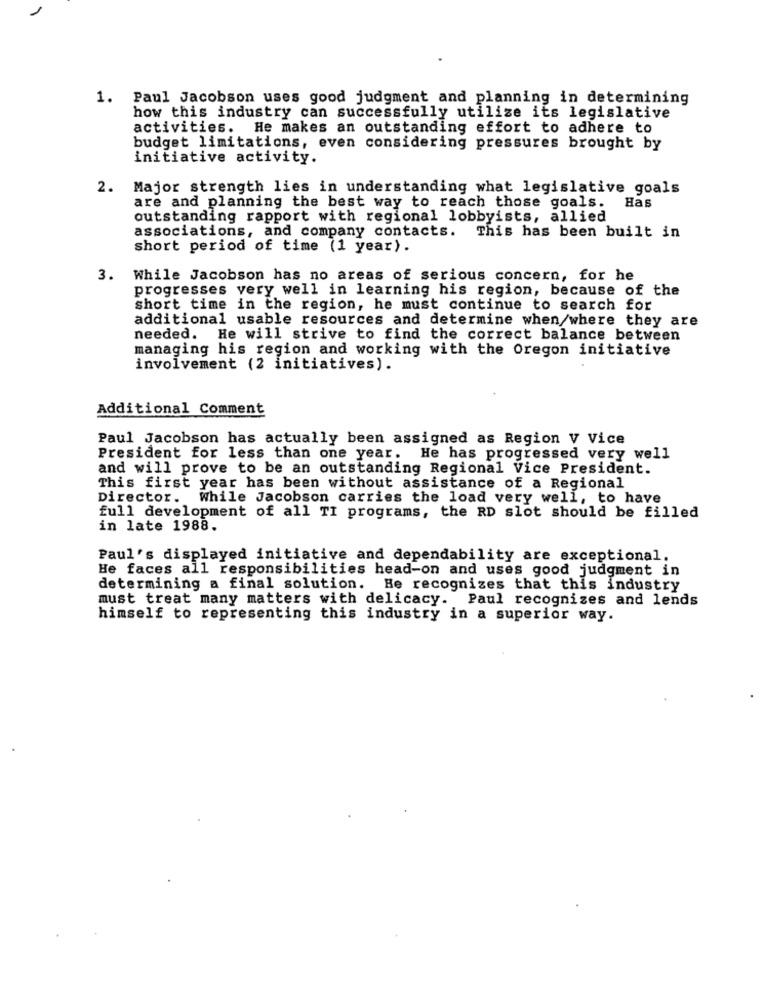
1. Paul Jacobson uses good judgment and planning in determining
how this industry can successfully utilize its legislative
activities. He makes an outstanding effort to adhere to
budget limitations, even considering pressures brought by
initiative activity.
2.
Major strength lies in understanding what legislative goals
Has
are and planning the best way to reach those goals.
outstanding rapport with regional lobbyists, allied
associations, and company contacts. This has been built in
short period of time (1 year).
3.
While Jacobson has no areas of serious concern, for he
progresses very well in learning his region, because of the
short time in the region, he must continue to search for
additional usable resources and determine when/where they are
needed. He will strive to find the correct balance between
managing his region and working with the Oregon initiative
involvement (2 initiatives).
Additional Comment
Paul Jacobson has actually been assigned as Region V Vice
President for less than one year. He has progressed very well
and will prove to be an outstanding Regional Vice President.
This first year has been without assistance of a Regional
Director. While Jacobson carries the load very well, to have
full development of all TI programs, the RD slot should be filled
in late 1988.
Paul's displayed initiative and dependability are exceptional.
He faces all responsibilities head-on and uses good judgment in
determining a final solution. He recognizes that this industry
must treat many matters with delicacy. Paul recognizes and lends
himself to representing this industry in a superior way.